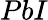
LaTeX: PbI